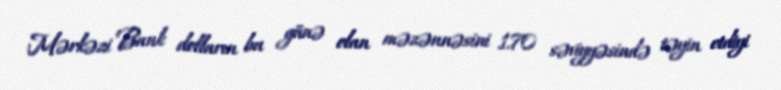
Mərkəzi Bank dolların bu günə olan məzənnəsini 1.70 səviyyəsində təyin etdiyi